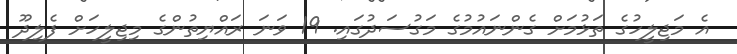
އެ މަޖިލީހުގެ ތަޅުމަށް ގެންނައުމުގެ މަގުސަދުގައި. 19 ވަނަ ރައްޔިތުންގެ މިޖިލީހަށް ފެލިދޫ